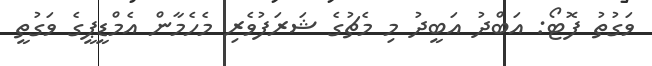
ވަގުތު ފޮޓޯ: އަބްދު އަބީދު މި މެޗުގެ ޝަރަފުވެރި މެހެމާން އެމްޑީޕީގެ ވަގުތީ